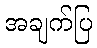
အချက်ပြ